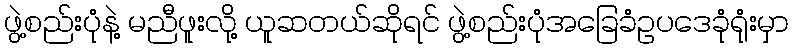
ဖွဲ့စည်းပုံနဲ့ မညီဖူးလို့ ယူဆတယ်ဆိုရင် ဖွဲ့စည်းပုံအခြေခံဥပဒေခုံရုံးမှာ